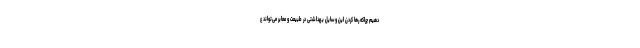
دهیم چراکه رها کردن این وسایل بهداشتی در طبیعت و معابر می‌تواند ع